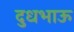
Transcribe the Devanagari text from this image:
दुधभाऊ